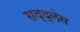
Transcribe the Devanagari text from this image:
सद्द्लेस